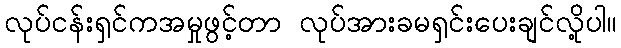
လုပ်ငန်းရှင်ကအမှုဖွင့်တာ လုပ်အားခမရှင်းပေးချင်လို့ပါ။